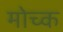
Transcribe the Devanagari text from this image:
मोच्क